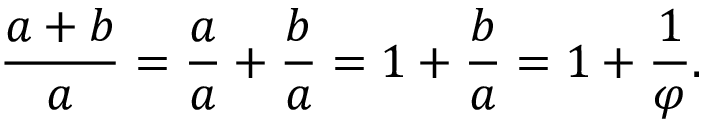
{ \frac { a + b } { a } } = { \frac { a } { a } } + { \frac { b } { a } } = 1 + { \frac { b } { a } } = 1 + { \frac { 1 } { \varphi } } .